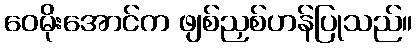
ဝေမိုးအောင်က ဖျစ်ညှစ်ဟန်ပြုသည်။